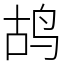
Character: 鸪